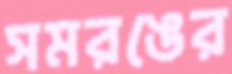
সমরঙের